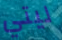
ليتي